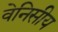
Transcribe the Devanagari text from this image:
वेनिसीय